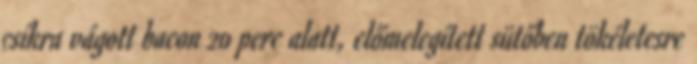
csíkra vágott bacon 20 perc alatt, előmelegített sütőben tökéletesre